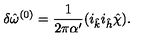
\delta { \hat { \omega } } ^ { ( 0 ) } = \frac { 1 } { 2 \pi \alpha ^ { \prime } } ( i _ { \hat { k } } i _ { \hat { h } } { \hat { \chi } } ) .